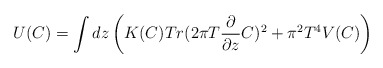
\begin{align*}U(C)= \int dz\left( K(C)Tr(2\pi T{\partial\over {\partial z}}C)^2 +\pi^2 T^4 V(C)\right)\end{align*}